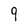
Character: 9